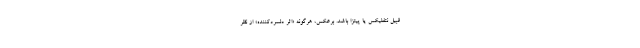
قبیل نتفلیکس یا پیتزا باشد. برعکس، هرگونه «اثر دلسرد‌کننده» از نظر